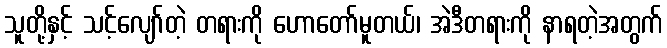
သူတို့နှင့် သင့်လျော်တဲ့ တရားကို ဟောတော်မူတယ်၊ အဲဒီတရားကို နာရတဲ့အတွက်